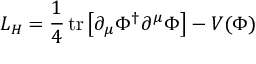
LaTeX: { \cal L } _ { H } = \frac { 1 } { 4 } \, \mathrm { t r } \left[ \partial _ { \mu } \Phi ^ { \dagger } \partial ^ { \mu } \Phi \right] - V ( \Phi )